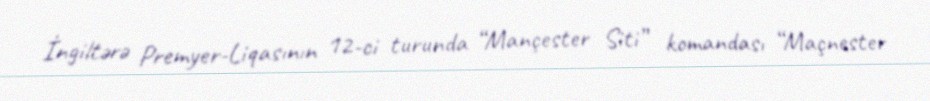
İngiltərə Premyer-Liqasının 12-ci turunda “Mançester Siti” komandası “Maçnester